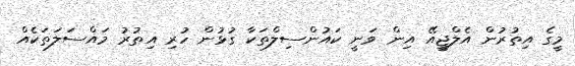
މީގެ އިތުރުން އެލްޖީއޭ އިން ވަނީ ކައުންސިލްތަކާ ގުޅުން ހުރި އިތުރު މައްސަލަތަކެއް